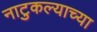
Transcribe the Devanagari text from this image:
नाटुकल्याच्या